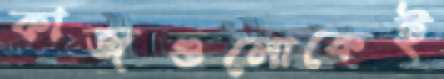
কাজগুলোকেই